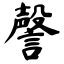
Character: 謦